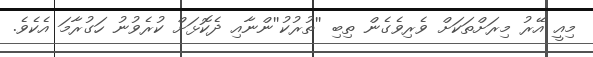
މިއީ އޭރު މިރަށްތަކަށް ވެރިވެގެން ތިބި ''ތުރުކު''ންނާއި ދެކޮޅަށް ކުރެވުނު ހަގުރާމަ އެކެވެ.